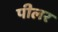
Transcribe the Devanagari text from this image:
पीलर